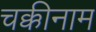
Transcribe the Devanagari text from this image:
चक्कीनाम